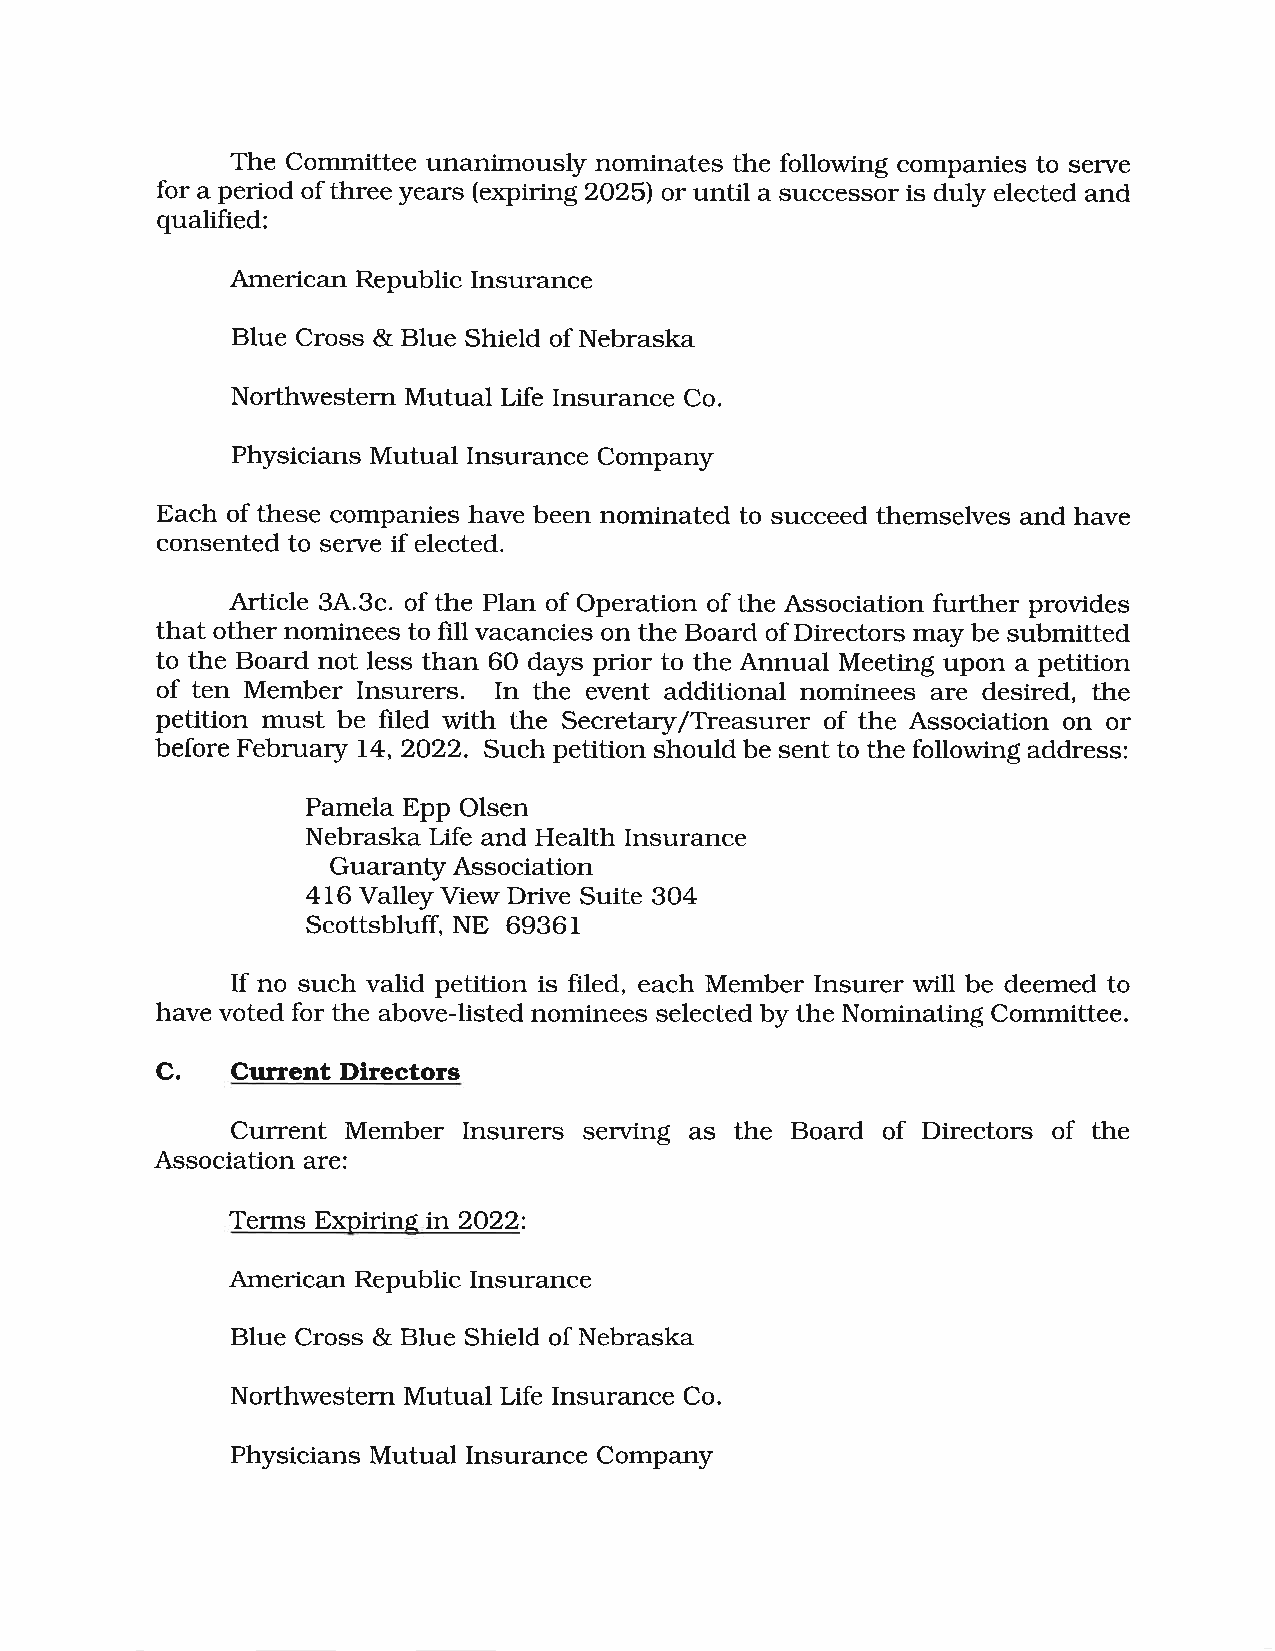
The Committee unanimously nominates the following companies to serve
 for a period of three years (expiring 2025) or until a successor is duly elected and
 qualified:
 American Republic Insurance
 BIue Cross & Blue Shield of Nebraska
 Northwestern Mutual Life Insurance Co.
 Physicians Mutual Insurance Company
 Each of these companies have been nominated to succeed themselves and have
 consented to serve if elected.
 Article 3A.3c. of the Plan of Operation of the Association further provides
 that other nominees to fill vacancies on the Board of Directors may be submitted
 to the Board not less than 60 days prior to the Annual Meeting upon a petition
 of ten Member Insurers. In the event additional nominees are desired, the
 petition must be filed with the Secretary/Treasurer of the Association on or
 before February 14,2022. Such petition should be sent to the following address:
 Pamela Epp Olsen
 Nebraska Life and Health Insurance
 Guaranty Association
 416 Valley View Drive Suite 304
 Scottsblufl wB 6936r
 If no such valid petition is filed, each Member Insurer will be deemed to
 have voted for the above-listed nominees selected by the Nominating Committee.
 C.   Current Directors
 Current Member  Insurers serving as the Board of Directors of the
 Association are:
 Terms Expiring in 2022:
 American Republic Insurance
 Blue Cross & Blue Shield of Nebraska
 Northwestern Mutual Life Insurance Co.
 Physicians Mutual Insurance Company